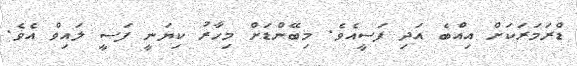
ޑްރަމަރަކަށް އިއްބެ އަދި ފަސީއެވެ. މިބޭންޑަށް މިހާރު ކިޔަނީ ފަސީ ލައިވް އެވެ.